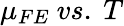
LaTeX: \mu_{FE}\ vs.\ T